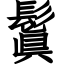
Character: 鬒